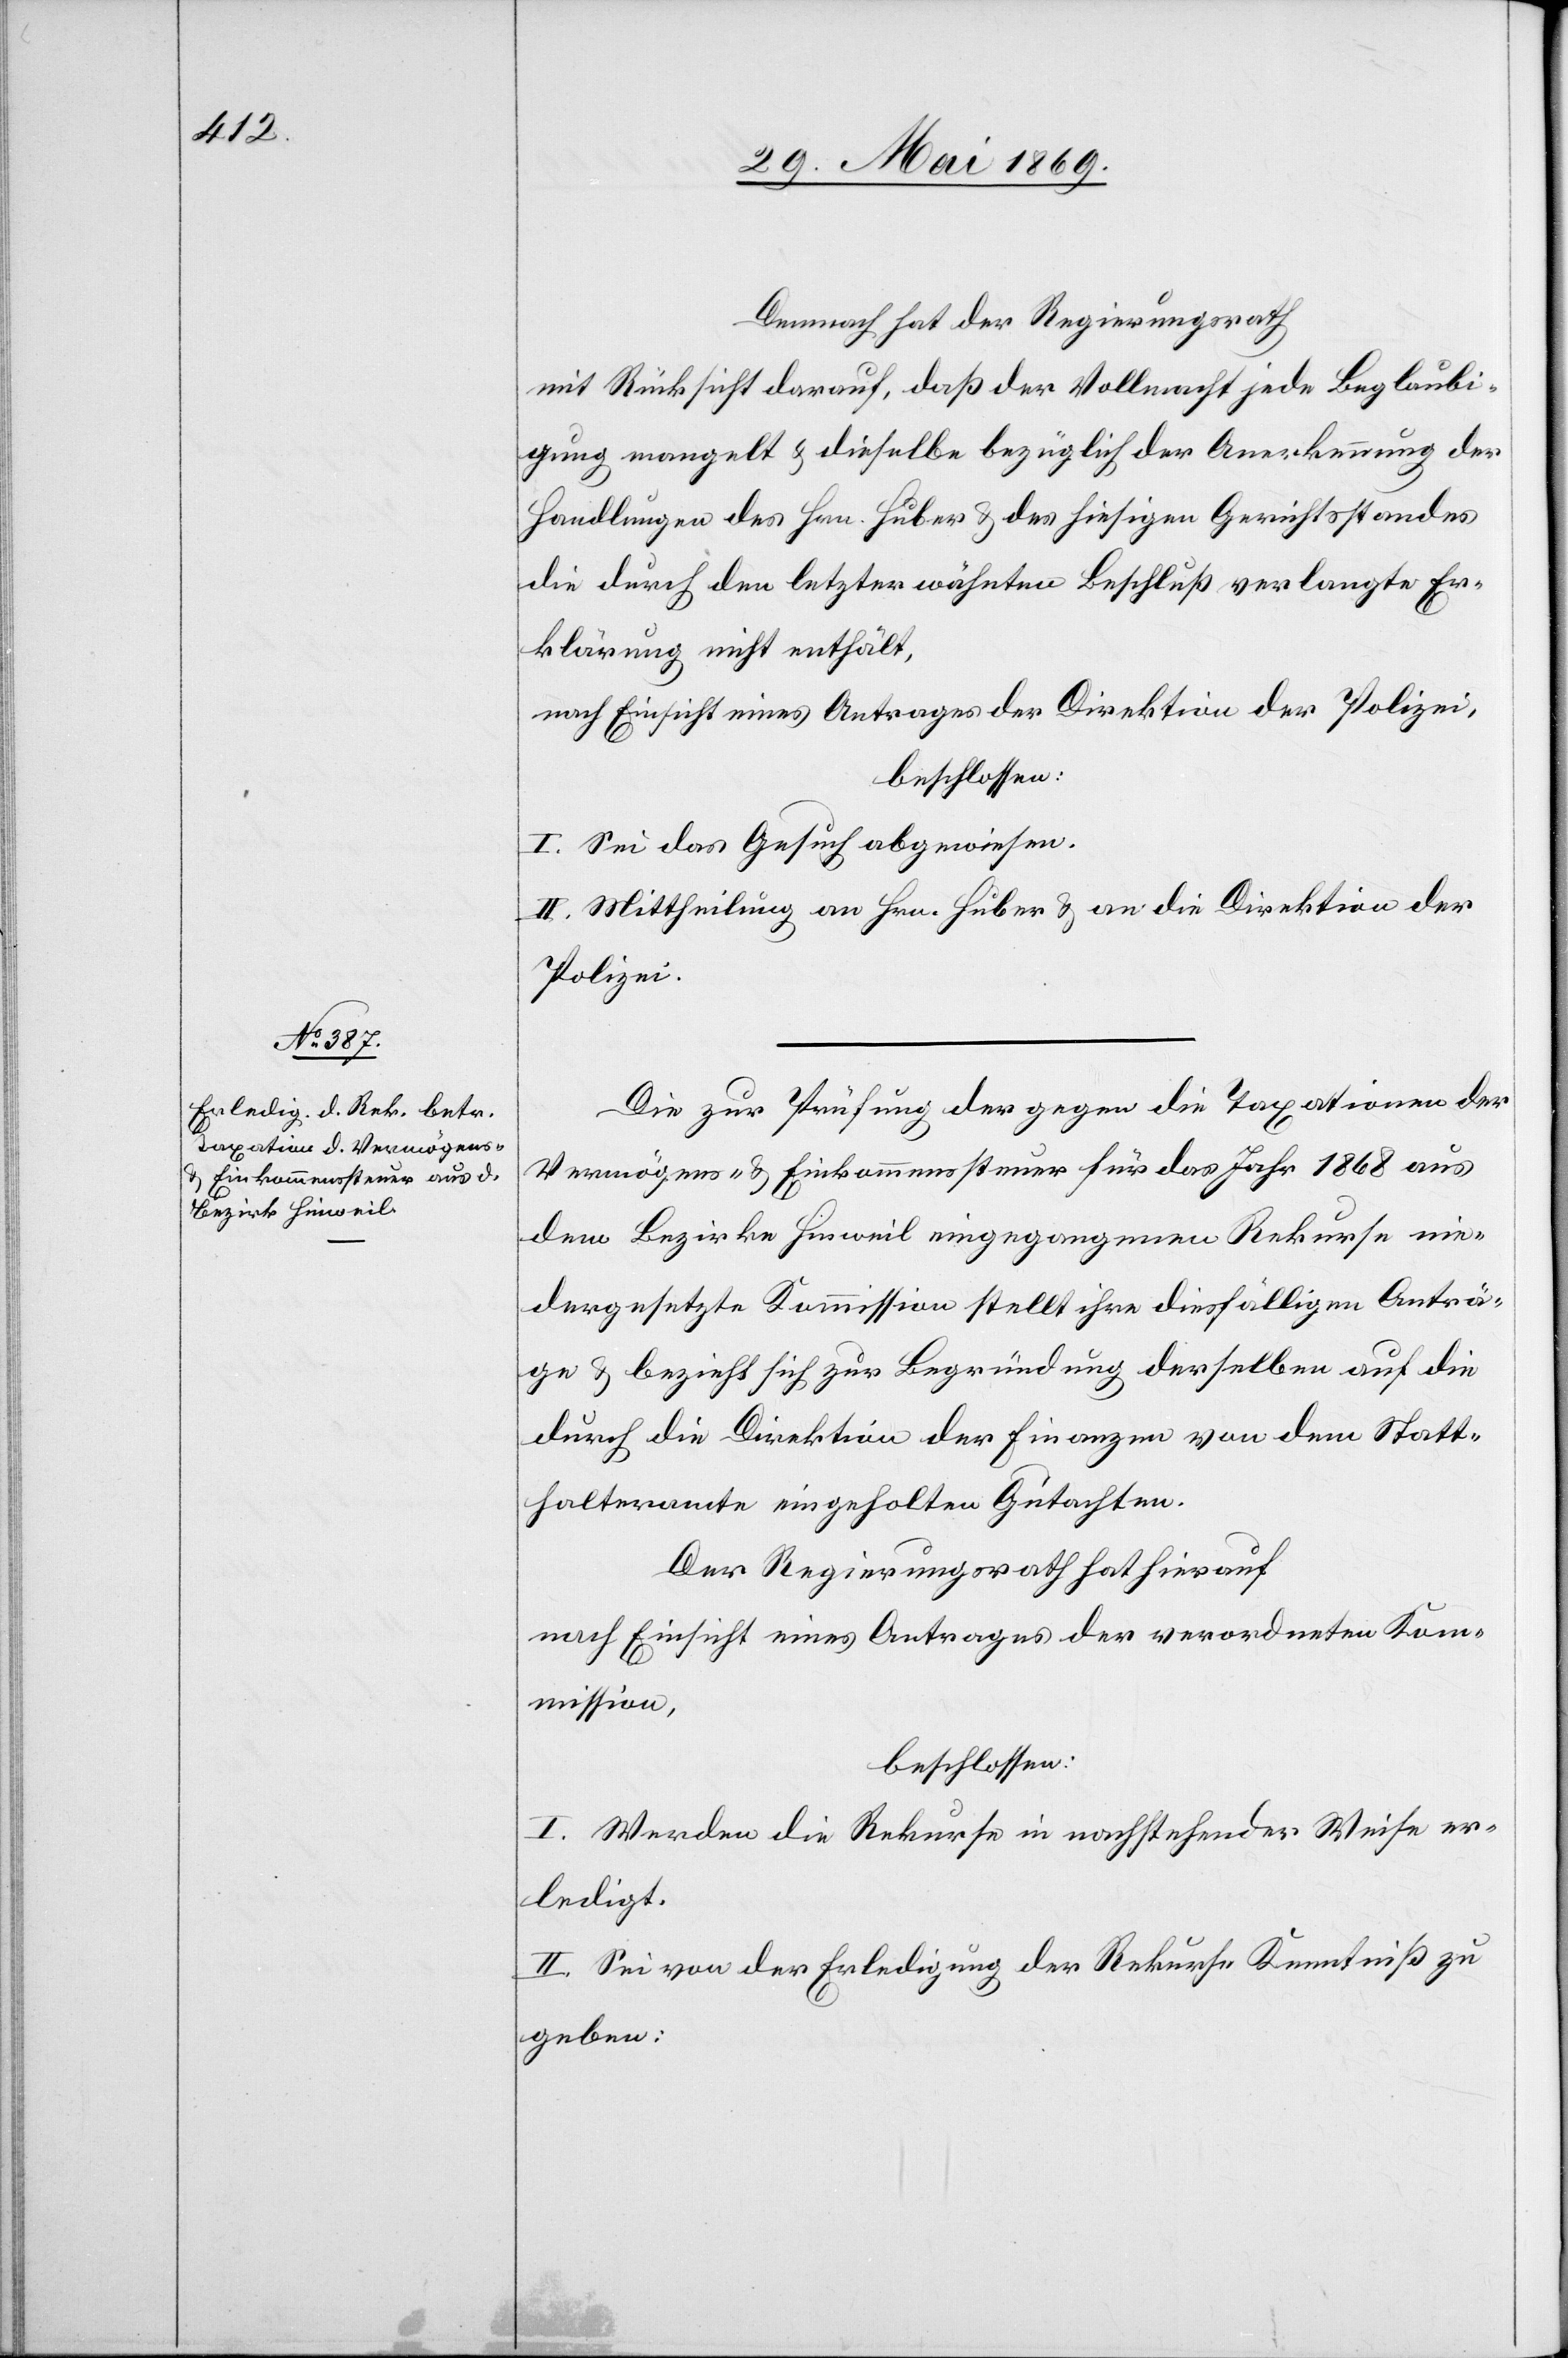
Demnach hat der Regierungsrath
mit Rücksicht darauf, daß der Vollmacht jede Beglaubi¬
gung mangelt u. dieselbe bezüglich der Anerkennung der
Handlungen des Hrn. Huber u. des hiesigen Gerichtsstandes
die durch den letzterwähnten Beschluß verlangte Er¬
klärung nicht enthält,
nach Einsicht eines Antrages der Direktion der Polizei,
beschlossen:
I. Sei das Gesuch abgewiesen.
II. Mittheilung an Hrn. Huber u. an die Direktion der
Polizei.
Die für Prüfung der gegen die Taxationen der
Vermögens- u. Einkommenssteuer für das Jahr 1868 aus
dem Bezirke Hinweil eingegangenen Rekurse nie¬
dergesetzte Kommission stellt ihre diesfälligen Anträ¬
ge u. bezieht sich zur Begründung derselben auf die
durch die Direktion der Finanzen von dem Statt¬
halteramte eingeholten Gutachten.
Der Regierungsrath hat hierauf
nach Einsicht eines Antrages der verordneten Kom¬
mission,
beschlossen:
I. Werden die Rekurse in nachstehender Weise er¬
ledigt.
II. Sei von der Erledigung der Rekurse Kenntniß zu
geben: